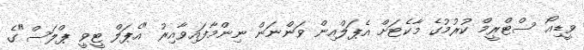
ވީޑިއޯ ސްޓްރީމް ކުރުމުގެ މާކެޓަށް އެޕަލްއިން ވަންނަން ނިންމާފައިވާއިރު "އެޕަލް ޓީވީ ޕްލަސް"ގެ